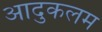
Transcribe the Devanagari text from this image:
आदुकलम